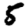
Digit: 5